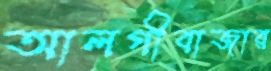
আলগীবাজার